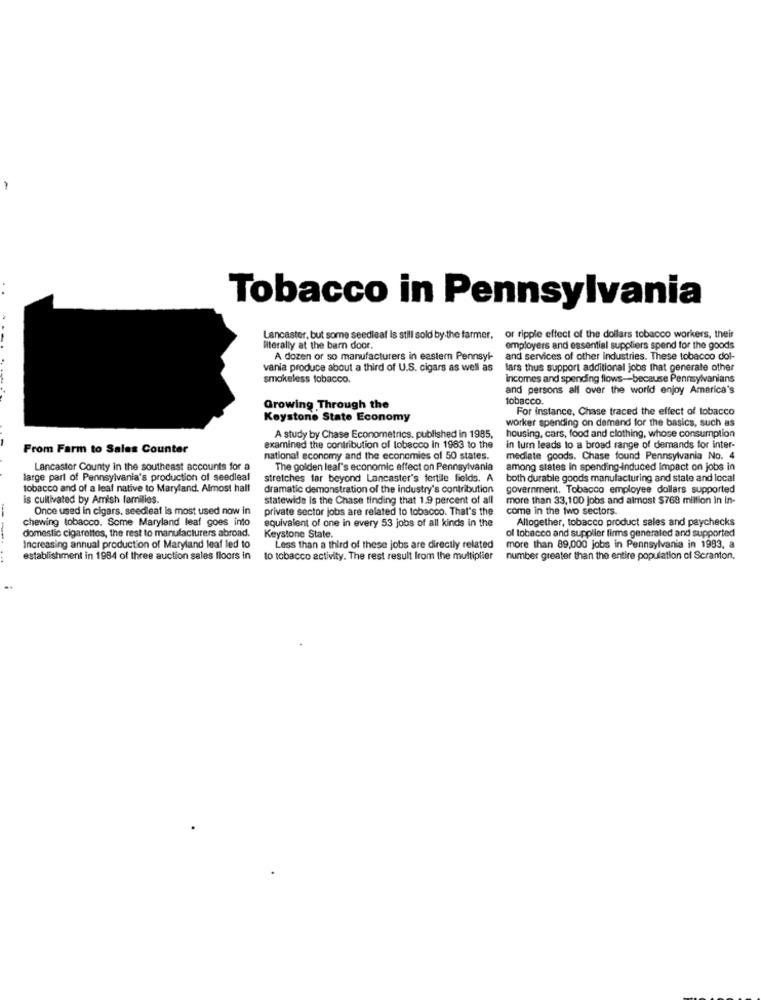
Tobacco in Pennsylvania
Lancaster, but some seedleaf is still sold by the farmer.
or ripple effect of the dollars tobacco workers, their
literally at the barn door.
employers and essential suppliers spend for the goods
A dozen or so manufacturers in eastern Pennsyl-
and services of other industries. These tobacco dol-
vania produce about a third of U.S. cigars as well as
lars thus support additional jobs that generate other
smokeless tobacco.
incomes and spending flows-because Pennsylvanians
and persons all over the world enjoy America's
tobacco.
Growing Through the
For instance, Chase traced the effect of tobacco
Keystone State Economy
worker spending on demand for the basics, such as
A study by Chase Econometrics. published in 1985,
housing, cars, food and clothing, whose consumption
From Farm to Sales Counter
examined the contribution of tobacco In 1983 to the
in turn leads to a broad range of demands for inter-
national economy and the economies of 50 states.
mediate goods. Chase found Pennsylvania No. 4
Lancaster County in the southeast accounts for a
The golden leaf's economic effect on Pennsylvania
among states in spending-induced Impact on jobs in
large part of Pennsylvania's production of seedleal
stretches far beyond Lancaster's fertile fields. A
both durable goods manufacturing and state and local
tobacco and of a leaf native to Maryland. Almost hall
dramatic demonstration of the industry's contribution
government. Tobacco employee dollars supported
is cultivated by Amish families.
statewide is the Chase tinding that 1.9 percent of all
more than 33,100 jobs and almost $768 million In in-
Once used in cigars, seedleaf is most used now in
private sector jobs are related to tobacco. That's the
come in the two sectors.
chewing tobacco. Some Maryland leaf goes into
equivalent of one in every 53 jobs of all kinds in the
Allogether, tobacco product sales and paychecks
of tobacco and supplier firms generated and supported
domestic cigarettes, the rest to manufacturers abroad.
Keystone State.
Increasing annual production of Maryland leaf led to
Less than a third of these jobs are directly related
more than 89,000 jobs in Pennsylvania in 1993, a
establishment in 1984 of three auction sales floors in
to tobacco activity. The rest result from the multiplier
number greater than the entire population of Scranton.
..